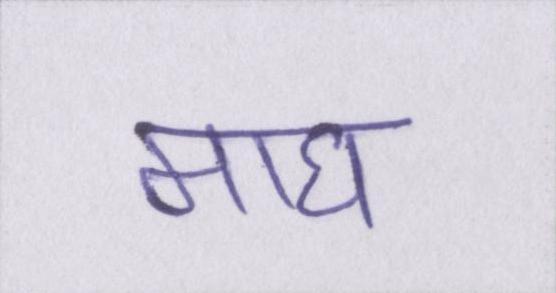
माघ